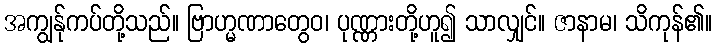
အကျွန်ုကပ်တို့သည်။ ဗြာဟ္မဏာတွေဝ၊ ပုဏ္ဏားတို့ဟူ၍ သာလျှင်။ ဇာနာမ၊ သိကုန်၏။